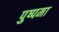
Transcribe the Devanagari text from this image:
पुष्पमा